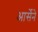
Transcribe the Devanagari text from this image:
आर्सेने